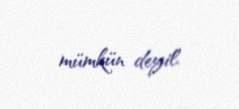
mümkün deyil.